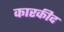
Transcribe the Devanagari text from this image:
कारकीद